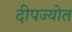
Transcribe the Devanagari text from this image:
दीपज्योत